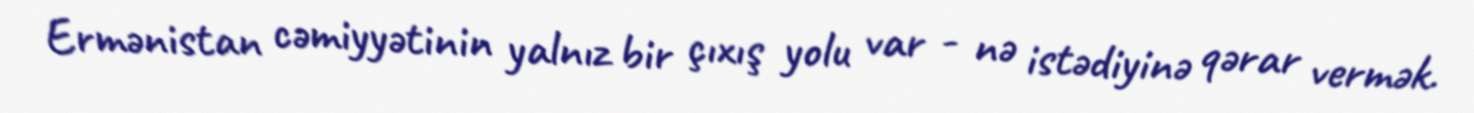
Ermənistan cəmiyyətinin yalnız bir çıxış yolu var - nə istədiyinə qərar vermək.